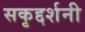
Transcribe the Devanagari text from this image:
सकृद्दर्शनी